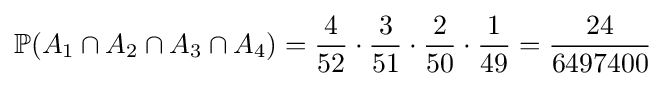
\mathbb {P} (A_{1}\cap A_{2}\cap A_{3}\cap A_{4})={\frac {4}{52}}\cdot {\frac {3}{51}}\cdot {\frac {2}{50}}\cdot {\frac {1}{49}}={\frac {24}{6497400}}